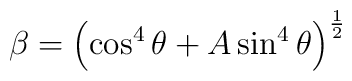
\beta = \left ( \cos^4\theta + A\sin^4\theta \right ) ^{\frac{1}{2}}